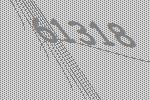
61318